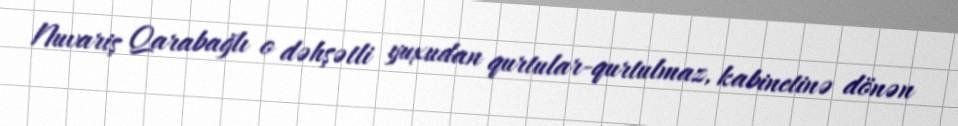
Nuvariş Qarabağlı o dəhşətli yuxudan qurtular-qurtulmaz, kabinetinə dönən